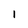
Character: 1